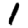
Digit: 1